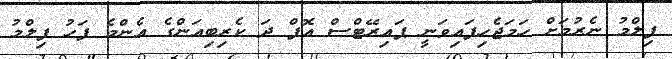
ފިލްމު ނެރުމަށް ހަމަޖެހިފައިވަނީ ޕައިރޭޓްސް އޮފް ދަ ކެރިބިއަންގެ އެންމެ ފަހު ފިލްމު